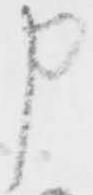
申